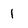
Character: 1